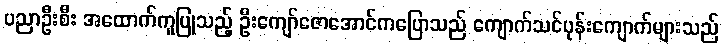
ပညာဦးစီး အထောက်ကူပြုသည့် ဦးကျော်ဇောအောင်ကပြောသည် ကျောက်သင်ပုန်းကျောက်များသည်